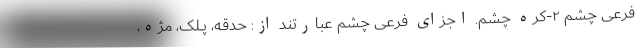
فرعی چشم ۲-کره چشم. اجزای فرعی چشم عبارتند از: حَدَقه، پــِلک، مُژه،